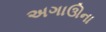
અગાઊના